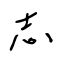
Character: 志